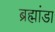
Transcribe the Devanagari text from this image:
ब्रह्मांडा